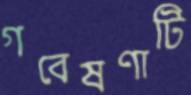
গবেষণাটি